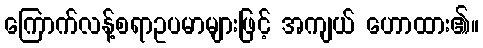
ကြောက်လန့်စရာဥပမာများဖြင့် အကျယ် ဟောထား၏။